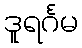
ဒူရင်္ဂမ